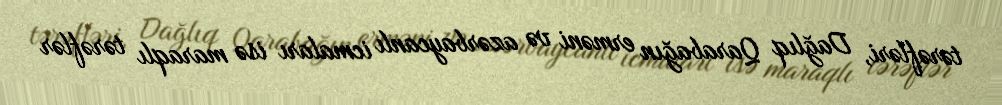
tərəfləri, Dağlıq Qarabağın erməni və azərbaycanlı icmaları isə maraqlı tərəflər